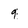
Character: 9